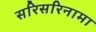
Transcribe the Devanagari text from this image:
सरिसरिनामा